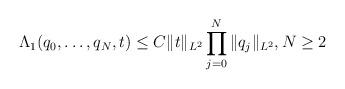
LaTeX: \begin{align*}\Lambda _ 1 ( q_ 0, \dots, q_{ N } , t ) \leq C \| t \| _ { L^2 } \prod _ { j =0 } ^ { N} \| q _j \| _ { L^2}, N \geq 2\end{align*}